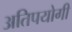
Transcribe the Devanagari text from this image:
अतिपयोगी